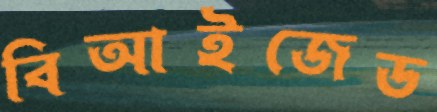
বিআইজেড